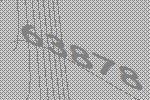
63878